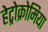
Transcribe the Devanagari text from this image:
हेट्रोक्रोमिया